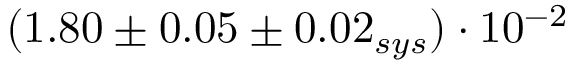
( 1 . 8 0 \pm 0 . 0 5 \pm 0 . 0 2 _ { s y s } ) \cdot 1 0 ^ { - 2 }